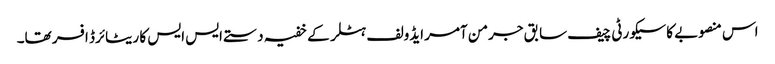
اس منصوبے کا سیکورٹی چیف سابق جرمن آمر ایڈولف ہٹلر کے خفیہ دستے ایس ایس کا ریٹائرڈ افسر تھا۔